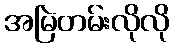
အမြဲတမ်းလိုလို